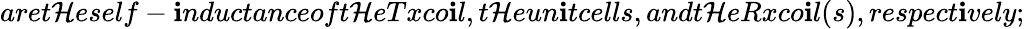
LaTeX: aret\mathcal{H}eself-\mathbf{i}nductanceoft\mathcal{H}eTxco\mathbf{i}l,t\mathcal{H}eun\mathbf{i}tcells,andt\mathcal{H}eRxco\mathbf{i}l(s),respect\mathbf{i}vely;